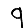
Digit: 9